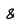
Character: 8